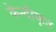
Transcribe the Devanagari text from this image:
केन्दीकृत